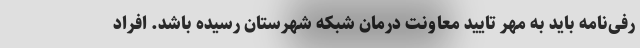
رفی‌نامه باید به مهر تایید معاونت درمان شبکه شهرستان رسیده باشد. افراد